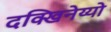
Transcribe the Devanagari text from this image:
दक्खिनेय्यो